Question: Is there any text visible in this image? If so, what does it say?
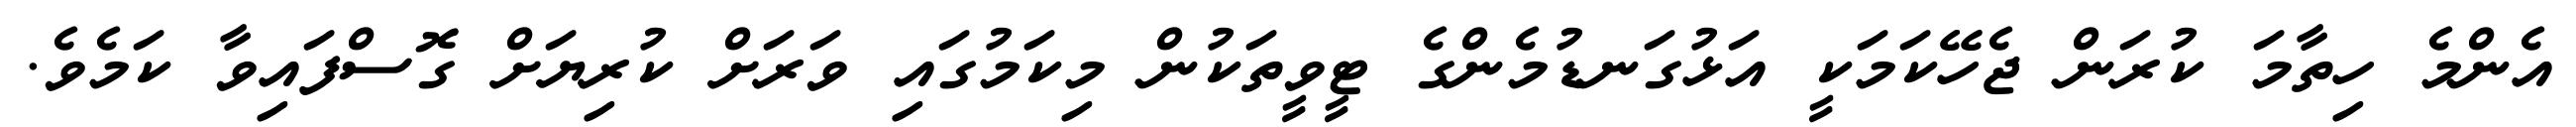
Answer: އެންމެ ހިތާމަ ކުރަން ޖެހޭކަމަކީ އަޅުގަނޑުމެންގެ ޓީވީތަކުން މިކަމުގައި ވަރަށް ކުރިޔަށް ގޮސްފައިވާ ކަމެވެ.